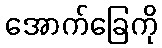
အောက်ခြေကို